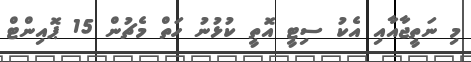
މި ނަތީޖާއާއި އެކު ސިޓީ އޮތީ ކުޅުނު ހަތް މެޗުން 15 ޕޮއިންޓް